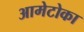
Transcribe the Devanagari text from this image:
आमेटोका